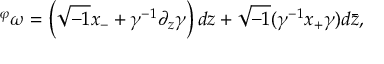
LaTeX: { } ^ { \varphi } \omega = \left( \sqrt { - 1 } x _ { - } + \gamma ^ { - 1 } \partial _ { z } \gamma \right) d z + \sqrt { - 1 } ( \gamma ^ { - 1 } x _ { + } \gamma ) d \bar { z } ,